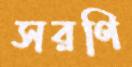
সরণি